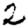
Digit: 2